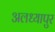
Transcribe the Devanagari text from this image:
अलध्यापुर